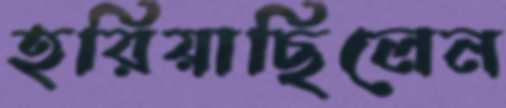
হরিয়াছিলেন